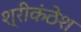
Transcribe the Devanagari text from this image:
श्रीकंठेश